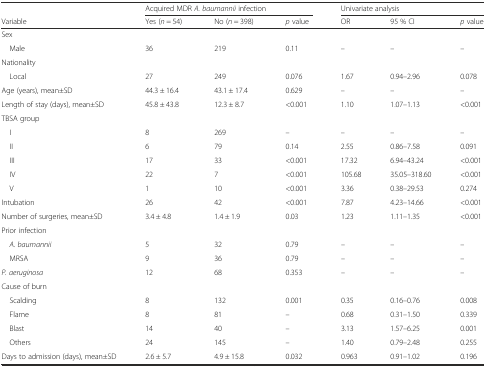
<table><thead><tr><td></td><td colspan="3"><b>Acquired MDR <i>A. baumannii</i> infection</b></td><td colspan="3"><b>Univariate analysis</b></td></tr><tr><td><b>Variable</b></td><td><b>Yes (<i>n</i> = 54)</b></td><td><b>No (<i>n</i> = 398)</b></td><td><b><i>p</i> value</b></td><td><b>OR</b></td><td><b>95 % CI</b></td><td><b><i>p</i> value</b></td></tr></thead><tbody><tr><td>Sex</td><td></td><td></td><td></td><td></td><td></td><td></td></tr><tr><td> Male</td><td>36</td><td>219</td><td>0.11</td><td>–</td><td>–</td><td>–</td></tr><tr><td>Nationality</td><td></td><td></td><td></td><td></td><td></td><td></td></tr><tr><td> Local</td><td>27</td><td>249</td><td>0.076</td><td>1.67</td><td>0.94–2.96</td><td>0.078</td></tr><tr><td>Age (years), mean±SD</td><td>44.3 ± 16.4</td><td>43.1 ± 17.4</td><td>0.629</td><td>–</td><td>–</td><td>–</td></tr><tr><td>Length of stay (days), mean±SD</td><td>45.8 ± 43.8</td><td>12.3 ± 8.7</td><td>&lt;0.001</td><td>1.10</td><td>1.07–1.13</td><td>&lt;0.001</td></tr><tr><td>TBSA group</td><td></td><td></td><td></td><td></td><td></td><td></td></tr><tr><td> I</td><td>8</td><td>269</td><td>–</td><td>–</td><td>–</td><td>–</td></tr><tr><td> II</td><td>6</td><td>79</td><td>0.14</td><td>2.55</td><td>0.86–7.58</td><td>0.091</td></tr><tr><td> III</td><td>17</td><td>33</td><td>&lt;0.001</td><td>17.32</td><td>6.94–43.24</td><td>&lt;0.001</td></tr><tr><td> IV</td><td>22</td><td>7</td><td>&lt;0.001</td><td>105.68</td><td>35.05–318.60</td><td>&lt;0.001</td></tr><tr><td> V</td><td>1</td><td>10</td><td>&lt;0.001</td><td>3.36</td><td>0.38–29.53</td><td>0.274</td></tr><tr><td>Intubation</td><td>26</td><td>42</td><td>&lt;0.001</td><td>7.87</td><td>4.23–14.66</td><td>&lt;0.001</td></tr><tr><td>Number of surgeries, mean±SD</td><td>3.4 ± 4.8</td><td>1.4 ± 1.9</td><td>0.03</td><td>1.23</td><td>1.11–1.35</td><td>&lt;0.001</td></tr><tr><td>Prior infection</td><td></td><td></td><td></td><td></td><td></td><td></td></tr><tr><td> <i>A. baumannii</i></td><td>5</td><td>32</td><td>0.79</td><td>–</td><td>–</td><td>–</td></tr><tr><td> MRSA</td><td>9</td><td>36</td><td>0.79</td><td>–</td><td>–</td><td>–</td></tr><tr><td><i>P. aeruginosa</i></td><td>12</td><td>68</td><td>0.353</td><td>–</td><td>–</td><td>–</td></tr><tr><td>Cause of burn</td><td></td><td></td><td></td><td></td><td></td><td></td></tr><tr><td> Scalding</td><td>8</td><td>132</td><td>0.001</td><td>0.35</td><td>0.16–0.76</td><td>0.008</td></tr><tr><td> Flame</td><td>8</td><td>81</td><td>–</td><td>0.68</td><td>0.31–1.50</td><td>0.339</td></tr><tr><td> Blast</td><td>14</td><td>40</td><td>–</td><td>3.13</td><td>1.57–6.25</td><td>0.001</td></tr><tr><td> Others</td><td>24</td><td>145</td><td>–</td><td>1.40</td><td>0.79–2.48</td><td>0.255</td></tr><tr><td>Days to admission (days), mean±SD</td><td>2.6 ± 5.7</td><td>4.9 ± 15.8</td><td>0.032</td><td>0.963</td><td>0.91–1.02</td><td>0.196</td></tr></tbody></table>